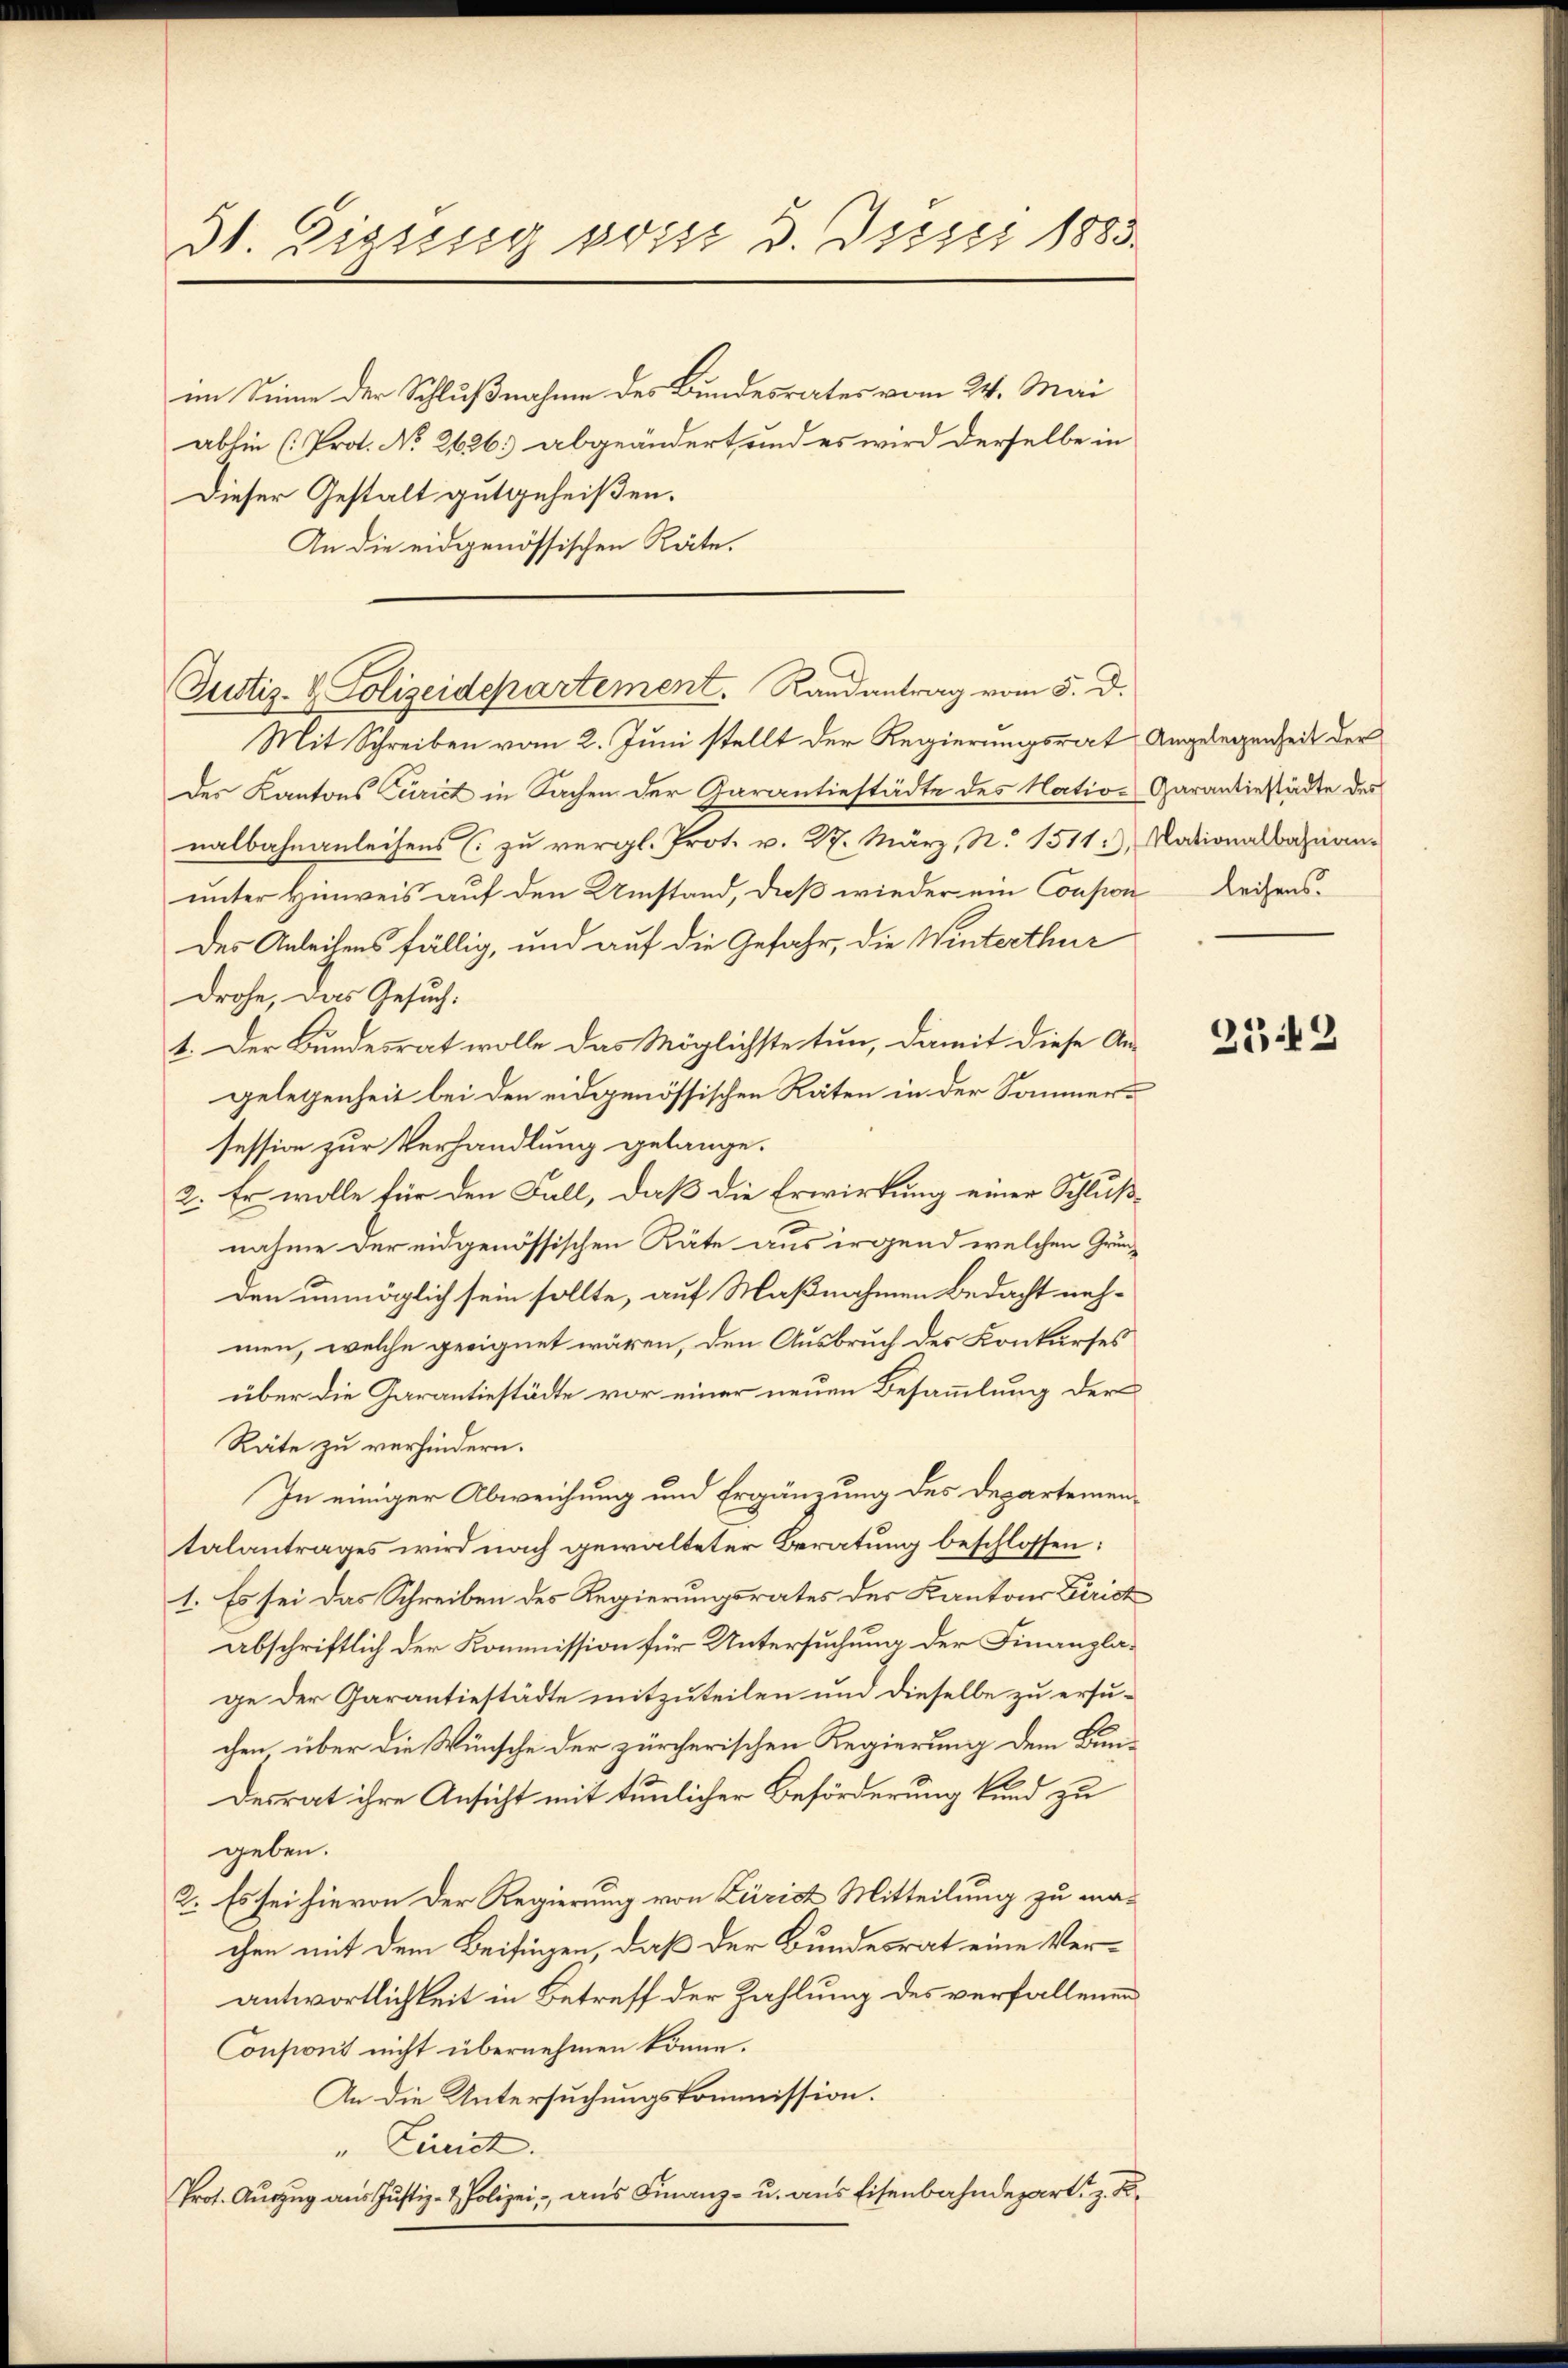
dt. Dissung posse 3. Disti 1883.

im Sinne der Schlußnahme des Bundesrates vom 24. Mai
abhin (Prot. No 2626. abgeändert und es wird derselbe in
Dieser Gestalt gutgeheißen.
An die eidgenössischen Räte.

Justiz- & Polizeidepartement. Randantrag vom 5. d.
Mit Schreiben vom 2. Juni stellt der Regierungsrat Angelegenheit der

des Kantons Curict in Sachen der Garantiestädte des Natio-Garantiestädte des
nalbahnanleihens zu vergl. Prot. v. 27. März, N. 1511), Nationalbahnan-
unter Hinweis auf den Umstand, daß wieder ein Consion Leihensdes Anleistens fällig, und auf die Gefahr, die Winterthur
drohe, das Gesuch.
1. Der Bundesrat wolle das Möglichste tun, damit diese An-
gelegenheit bei den eidgenössischen Räten in der Sommersession zur Verhandlung gelange.
2. Er wolle für den Fall, daß die Erwirkung einer Schlußnahme der eidgenössischen Räte aus irgend welchen Gründen unmöglich sein sollte, auf Maßnahmen Bedacht nehmen, welche geeignet wären, den Ausbruch des Konkurses
über die Garantiestädte vor einer neuen Besammlung der
Räte zu verhindern.
In einiger Abweichung und Ergänzung des Departementalantrages wird nach gewalteter Beratung beschlossen:
1. Es sei das Schreiben des Regierungsrates des Kantons Zürich
abschriftlich der Kommission für Untersuchung der Finanzlage der Garantiestädte mitzuteilen und dieselbe zu ersuchen über die Wünsche der zürcherischen Regierung dem Bundesrat ihre Ansicht mit tunlicher Beförderung kund zu
geben.
2. Es sei hievon der Regierung von Zürict Mitteilung zu machen mit dem Beisingen, daß der Bundesrat eine Verantwortlichkeit in Betreff der Zahlung des verfallenen
Consioni nicht übernehmen könne.
An die Untersuchungskommission.
" Einrich.
Prot. Aŭszŭg aŭs Justiz- & Polizei, aus Finanz- u. aus Eisenbahndepart. z. B.

352